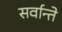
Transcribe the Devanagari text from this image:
सर्वान्ते